Lunatic asylums Burma 1907-21 - 1907-1921
Year: 1907
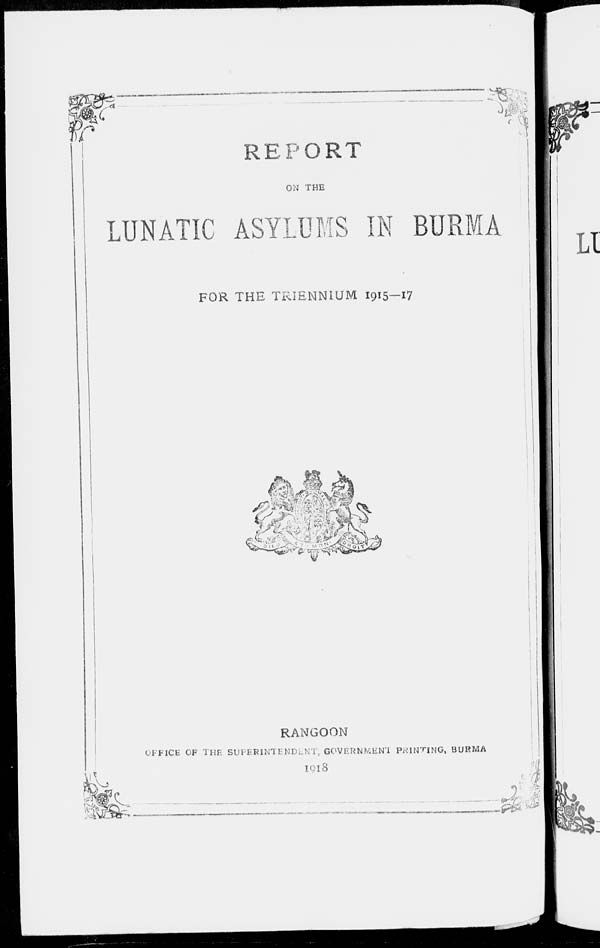
REPORT
ON THE
LUNATIC ASYLUMS IN BURMA
FOR THE TRIENNIUM 1915—17
RANGOON
OFFICE OF THE SUPERINTENDENT, GOVERNMENT PRINTING, BURMA
1918